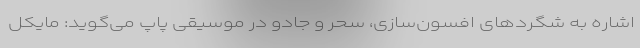
اشاره به شگردهای افسون‌سازی، سحر و جادو در موسیقی پاپ می‌گوید: مایکل